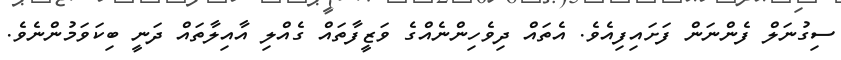
ސިގުނަލް ފެންނަން ފަށައިފިއެވެ. އެތައް ދިވެހިންނެއްގެ ވަޒީފާތައް ގެއްލި އާއިލާތައް ދަނީ ބިކަވަމުންނެވެ.